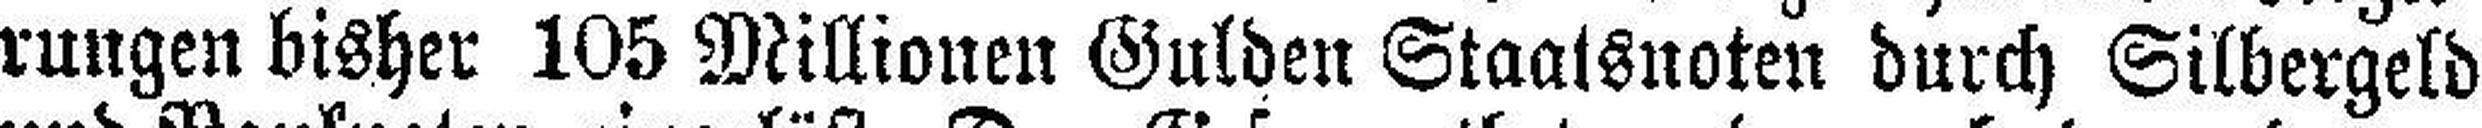
rungen bisher 105 Millionen Gulden Staatsnoten durch Silbergeld